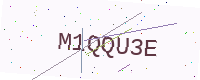
Text: M1QQU3E